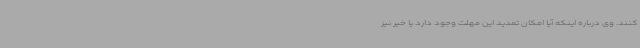
کنند. وی درباره اینکه آیا امکان تمدید این مهلت وجود دارد یا خیر نیز